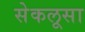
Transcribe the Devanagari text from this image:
सेकलूसा